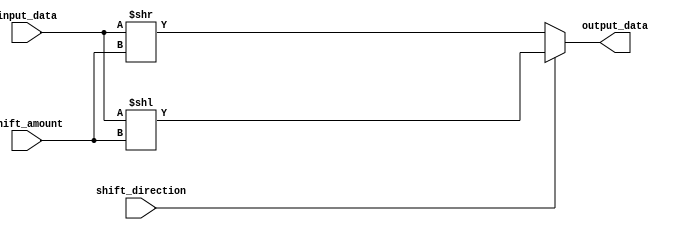
module Barrel_Shifter (
    input [31:0] input_data,
    input [4:0] shift_amount,
    input shift_direction, // 0 for right shift, 1 for left shift
    output [31:0] output_data
);

reg [31:0] shifted_data;

always @* begin
    if (shift_direction == 0) begin // right shift
        shifted_data = input_data >> shift_amount;
    end else begin // left shift
        shifted_data = input_data << shift_amount;
    end
end

assign output_data = shifted_data;

endmodule